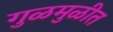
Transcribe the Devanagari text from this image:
गुळमुळीत